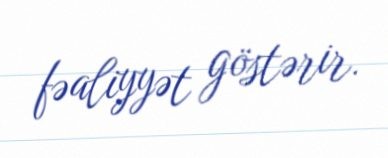
fəaliyyət göstərir.